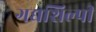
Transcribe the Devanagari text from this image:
गद्यशिल्पी